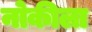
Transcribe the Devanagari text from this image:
नोकीला